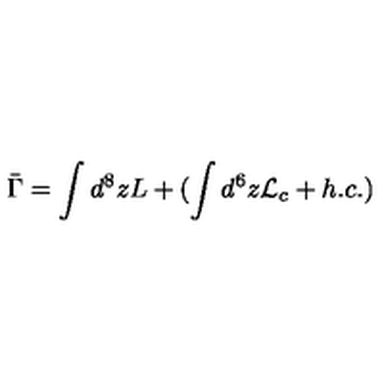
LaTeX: \bar { \Gamma } = \int d ^ { 8 } z L + ( \int d ^ { 6 } z { \cal L } _ { c } + h . c . )